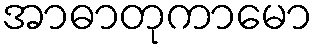
အာဓာတုကာမော